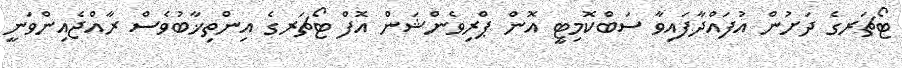
ޓޯޗަރގެ ދަށުން އުފައްދާފައިވާ ސަބްކޮމިޓީ އޮން ޕްރިވެންޝަން އޮފް ޓޯޗަރގެ އިންތިޚާބުވެސް ރާއްޖެއިންވަނީ